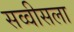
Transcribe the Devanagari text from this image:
सव्वीसला